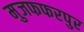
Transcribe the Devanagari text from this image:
मुजफफरपुर